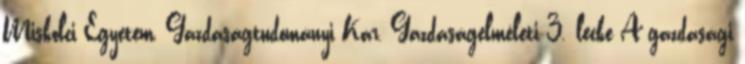
Miskolci Egyetem, Gazdaságtudományi Kar, Gazdaságelméleti 3. lecke A gazdasági